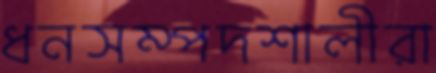
ধনসম্পদশালীরা